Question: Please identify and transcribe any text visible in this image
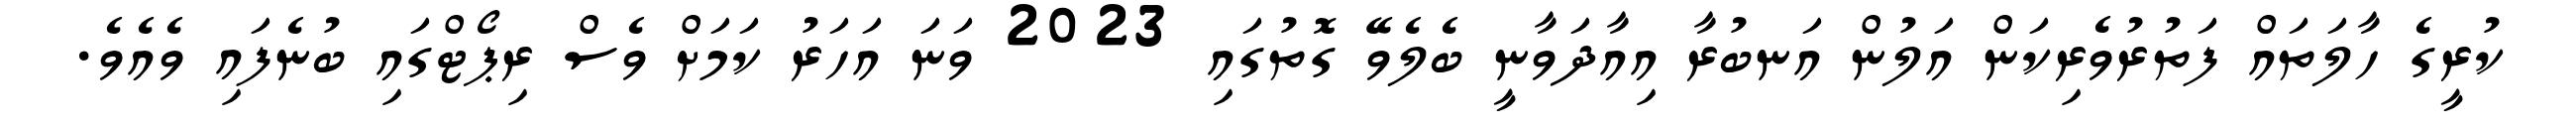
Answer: ކުރީގެ ހާލަތައް ފަތުރުވެރިކަން އަލުން އަނބުރާ އިއާދަވާނީ ބެލެވޭ ގޮތުގައި 2023 ވަނަ އަހަރު ކަމަށް ވެސް ރިޕޯޓްގައި ބުނެފައި ވެއެވެ.